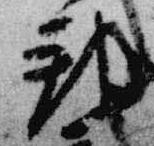
邦